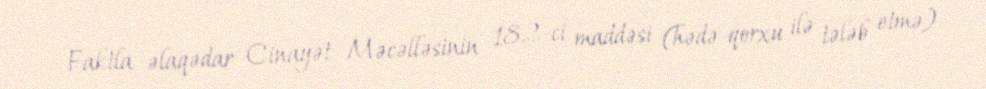
Faktla əlaqədar Cinayət Məcəlləsinin 182-ci maddəsi (hədə-qorxu ilə tələb etmə)